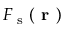
{ \cal F } _ { \textrm { s } } ( \textbf { r } )